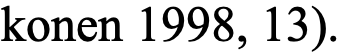
konen 1998, 13).